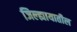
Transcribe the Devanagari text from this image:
जिल्ह्यायातील